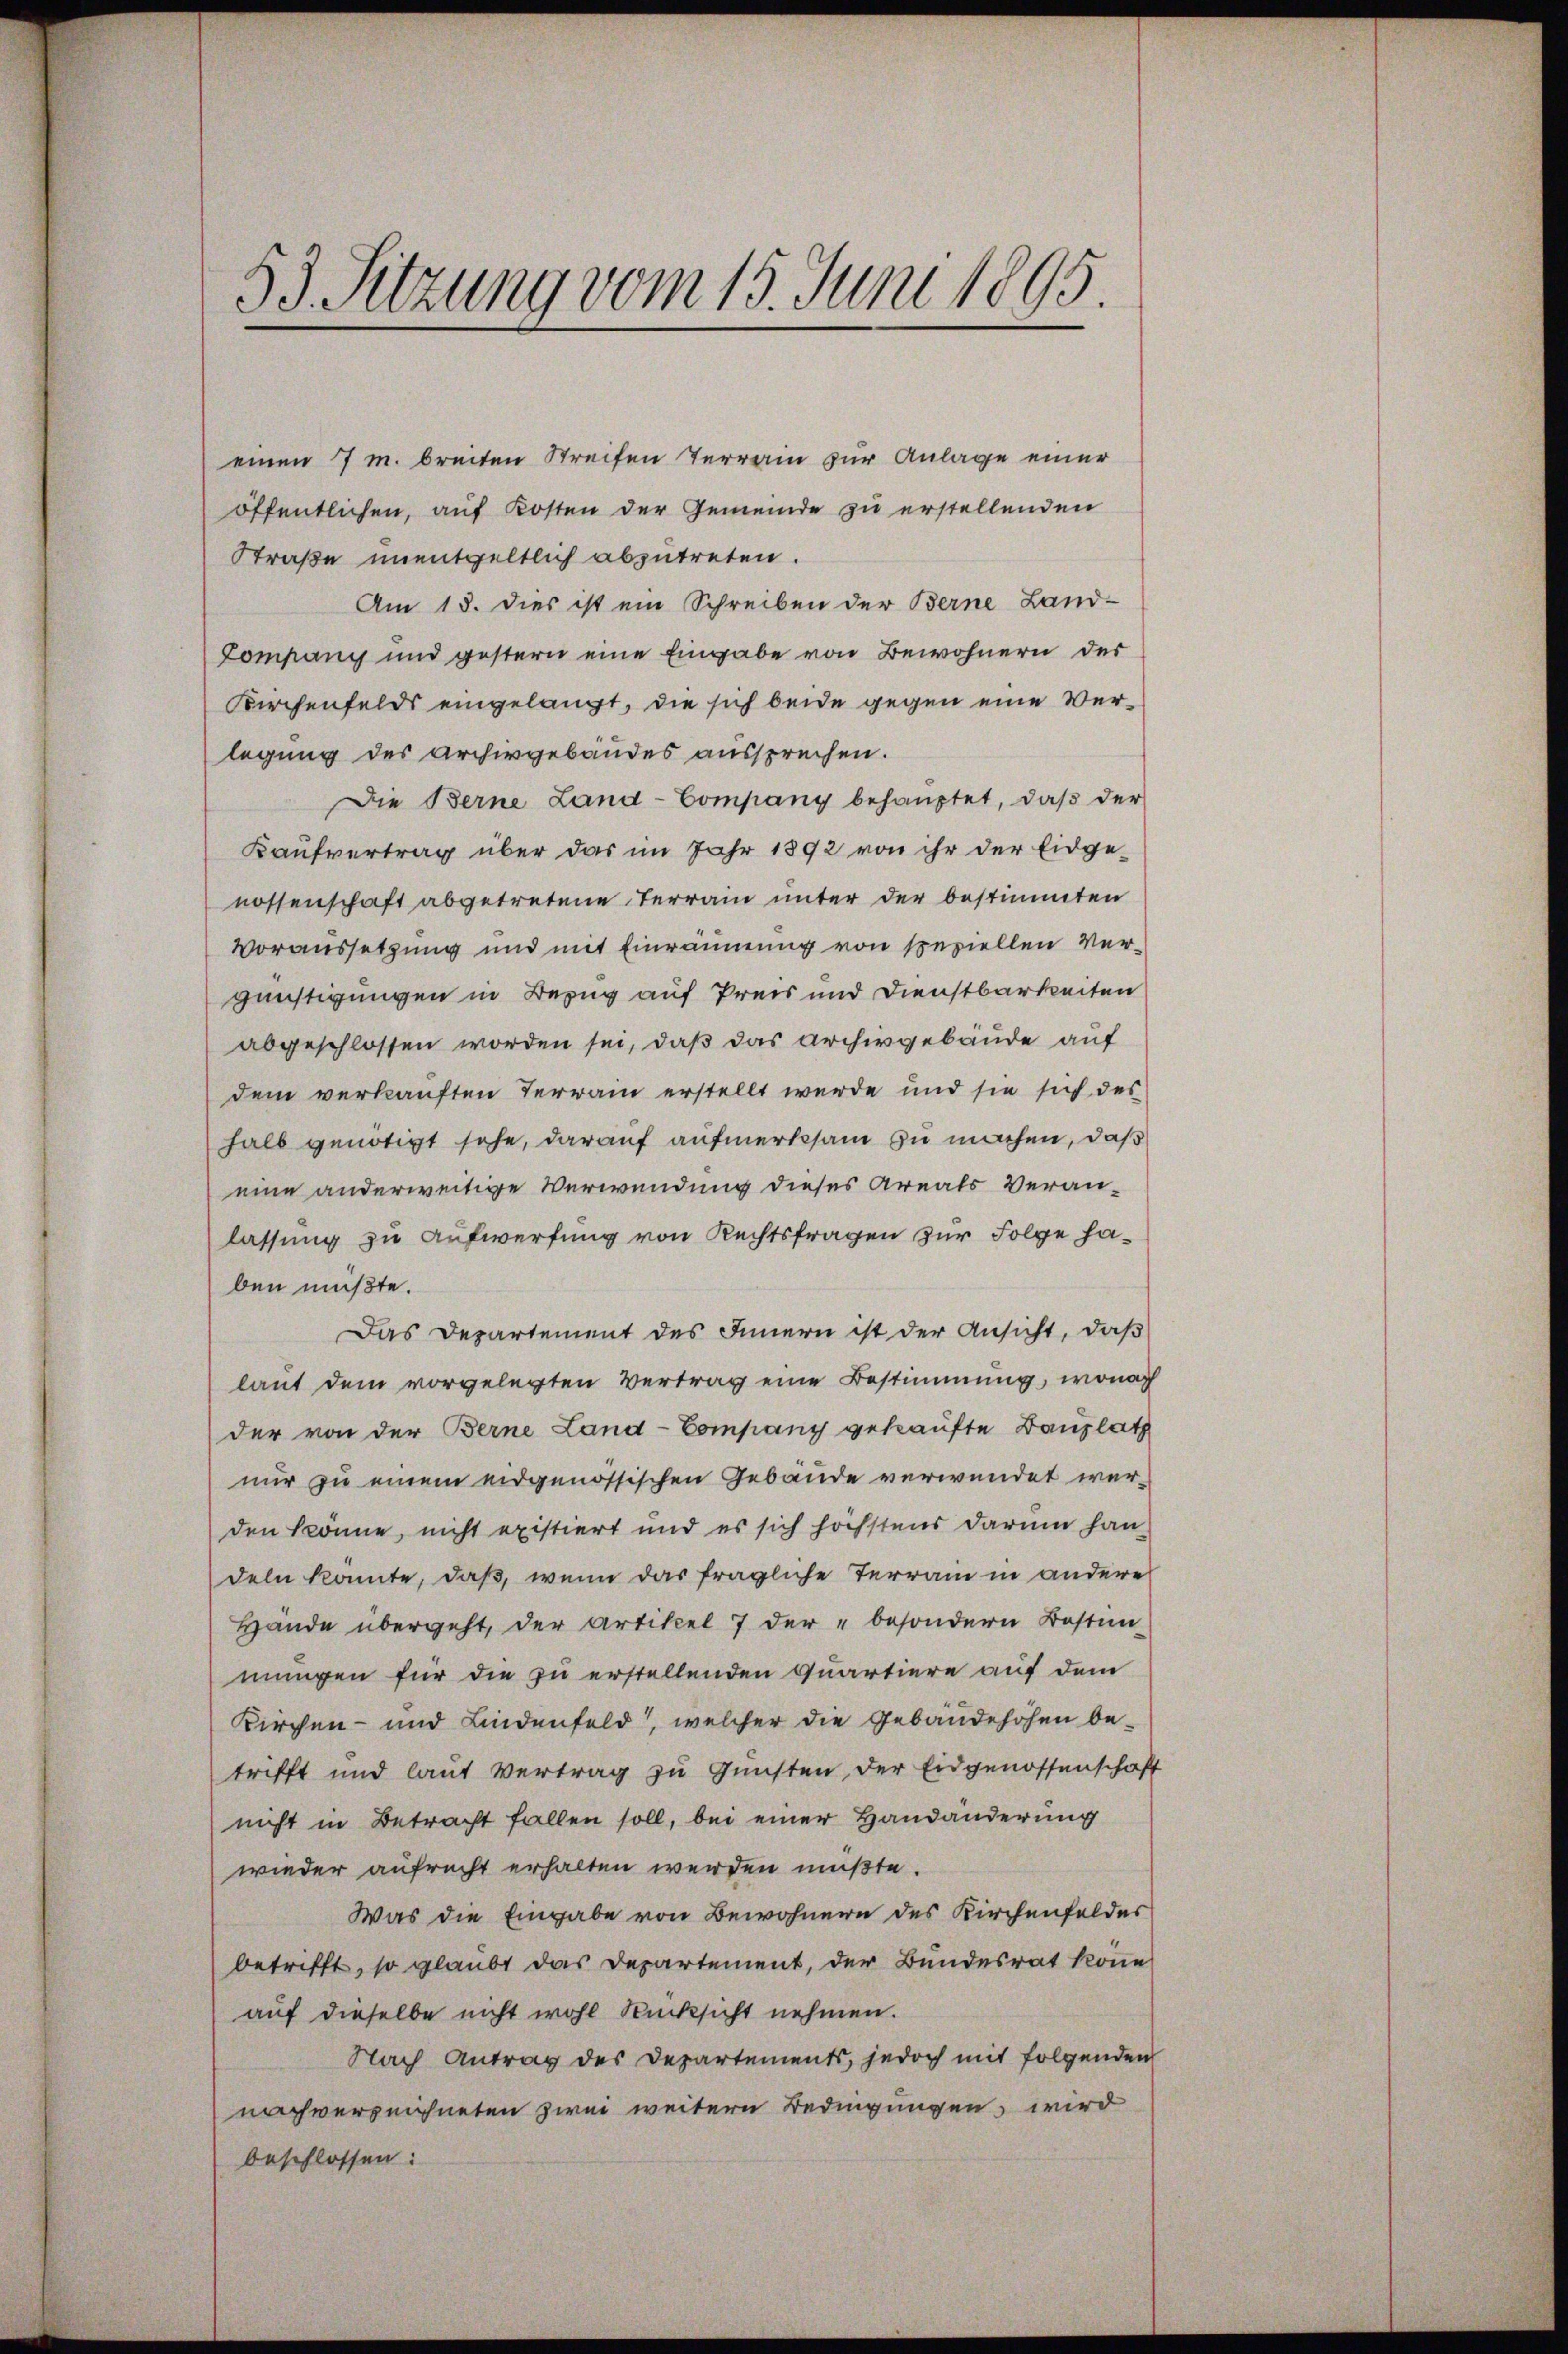
53. Sitzung vom 15. Juni 1895.

einen 7 m breiten Streifen Terrain zur Anlage einer
öffentlichen, auf Kosten der Gemeinde zu erstellenden
Straße unentgeltlich abzutreten.
Am 15. dies ist ein Schreiben der Berne Land-
Company und gestern eine Eingabe von Bewohnern des
Kirchenfelds eingelangt, die sich beide gegen eine Verlegung des Archivgebäudes aussprechen.
Die Berne Land-Company behauptet, daß der
Kaufvertrag über das im Jahr 1892 von ihr der Eidge-
nossenschaft abgetretene Terrain unter der bestimmten
Voraussetzung und mit Einräumung von speziellen Vergünstigungen in Bezug auf Preis und Dienstbarkeiten
abgeschlossen worden sei, daß das Archivgebäude auf
dem verkauften Terrain erstellt werde und sie sich des
halb genötigt sehe, darauf aufmerksam zu machen, daß
eine anderweitige Verwendung dieses Areals Veranlassung zu Aufwerfung von Rechtsfragen zur Folge haben müßte.
Das Departement des Innern ist der Ansicht, daß
laut dem vorgelegten Vertrag eine Bestimmung, wonach
der von der Berne Land-Company gekaufte Bauplatz
nur zu einem eidgenössischen Gebäude verwendet werden könne, nicht existiert und es sich höchstens darum han-
deln könnte, daß, wenn das fragliche Terrain in andere
Hände übergeht, der Artikel 7 der „besondern Bestim-
mungen für die zu erstellenden Quartiere auf dem
Kirchen- und Lindenfeld, welcher die Gebäude höhen betrifft und laut Vertrag zu Gunsten der Eidgenossenschaft
nicht in Betracht fallen soll, bei einer Handänderung
wieder aufrecht erhalten werden müßte.
Was die Eingabe von Bewohnern des Kirchenfeldes
betrifft, so glaubt das Departement, der Bundesrat könne
auf dieselbe nicht wohl Rücksicht nehmen.
Nach Antrag des Departements, jedoch mit folgenden
nachverzeichneten zwei weitern Bedingungen, wird
beschlossen: